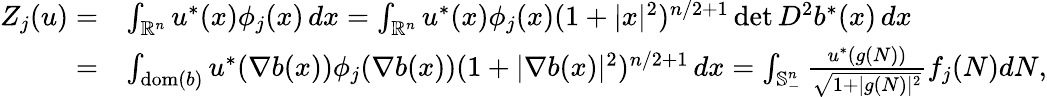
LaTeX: \begin{array}{rl}{Z_{j}(u)=}&{\int_{\mathbb{R}^{n}}u^{*}(x)\phi_{j}(x)\, dx=\int_{\mathbb{R}^{n}}u^{*}(x)\phi_{j}(x)(1+|x|^{2})^{n/2+1}\operatorname*{det}D^{2}b^{*}(x)\, dx}\\ {=}&{\int_{\mathrm{dom}(b)}u^{*}(\nabla b(x))\phi_{j}(\nabla b(x))(1+|\nabla b(x)|^{2})^{n/2+1}\, dx=\int_{\mathbb{S}_{-}^{n}}\frac{u^{*}(g(N))}{\sqrt{1+|g(N)|^{2}}}f_{j}(N)dN,}\end{array}